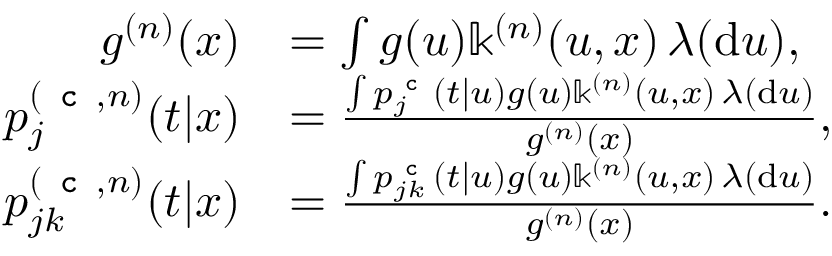
\begin{array} { r l } { g ^ { ( n ) } ( x ) } & { = \int g ( u ) \mathbb { k } ^ { ( n ) } ( u , x ) \, \lambda ( \mathrm { d } u ) , } \\ { p _ { j } ^ { ( \texttt { c } , n ) } ( t | x ) } & { = \frac { \int p _ { j } ^ { \texttt { c } } ( t | u ) g ( u ) \mathbb { k } ^ { ( n ) } ( u , x ) \, \lambda ( \mathrm { d } u ) } { g ^ { ( n ) } ( x ) } , } \\ { p _ { j k } ^ { ( \texttt { c } , n ) } ( t | x ) } & { = \frac { \int p _ { j k } ^ { \texttt { c } } ( t | u ) g ( u ) \mathbb { k } ^ { ( n ) } ( u , x ) \, \lambda ( \mathrm { d } u ) } { g ^ { ( n ) } ( x ) } . } \end{array}